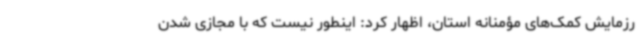
رزمایش کمک‌های مؤمنانه استان، اظهار کرد: اینطور نیست که با مجازی شدن